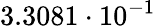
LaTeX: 3.3081\cdot 10^{-1}